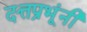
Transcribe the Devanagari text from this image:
दत्तप्रभूंनी